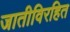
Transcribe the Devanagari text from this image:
जातीविरहित